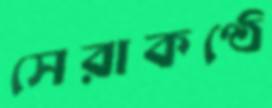
সেরাকণ্ঠে